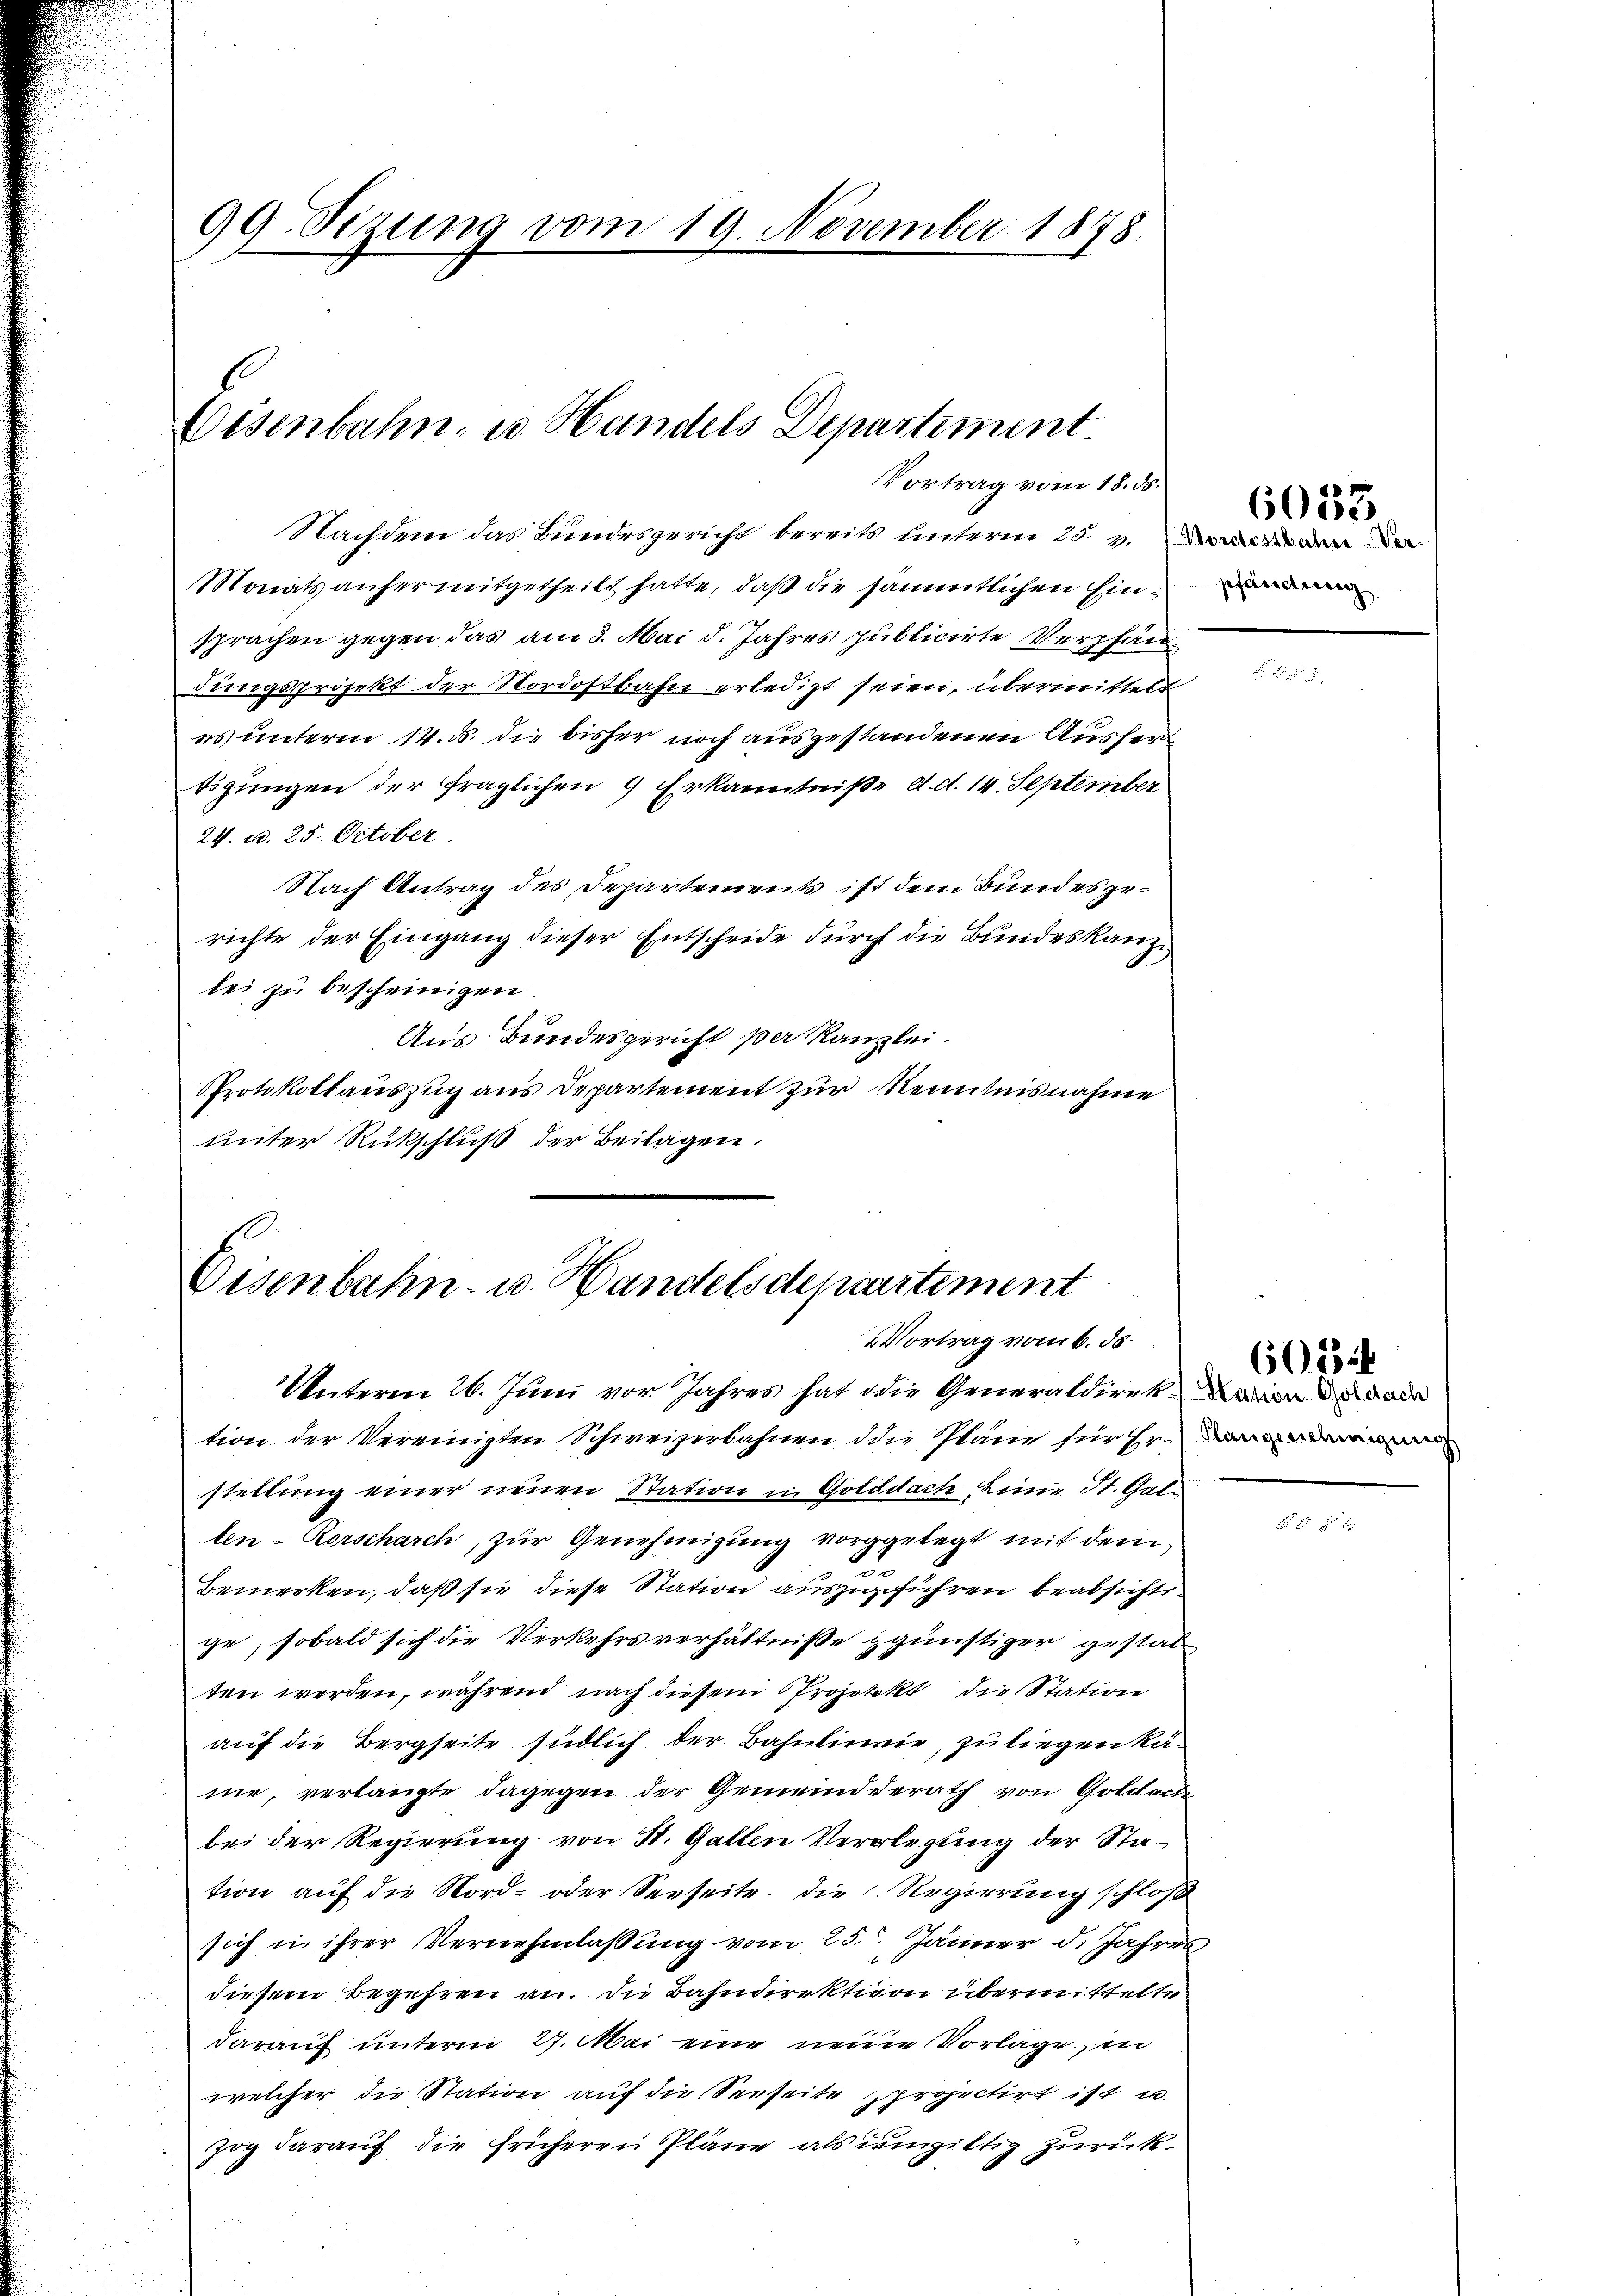
99. Sizung vom 19. November 1878.

Eisenbahn, u. Handels Departement.
Vortrag vom 18. ds.

Nachdem das Bundesgericht bereits unterm 25. v. den de
Monats anher mitgetheilt hatte, daß die sämmtlichen Einsprachen gegen das am 3. Mai d. Jahres publicirte Verpfändungsprojekt der Nordostbahn erledigt seien, übermittelt
es unterm 14. ds. die bisher noch ausgestandenen Aushertigungen der fraglichen 9 Erkanntniße d. d. 14. September
24. d. 25. October.
Nach Antrag des Departements ist dem Bundesgerichte der Eingang dieser Entscheide durch die Bundeskanzlei zu bescheinigen.
Aus Bundesgericht per Kanzlei.
Protokollauszug aus Departement zur Kenntnisnahme
unter Rückschluß der Beilagen.

Eisenbahn- u. Handelsdepartement
Vortrag vom 6. ds.

Unterm 26. Juni vor Jahres hat die Generaldirek-eins da
tion der Vereinigten Schweizerbahnen die Pläne für Er
stellung einer neuen Station in Golddach Eine St. Gal-
ten-Rorscharch, zur Genehmigung vorgelegt mit dem
.
Bemerken, daß sie diese Station auszugeführen beabsicht.
ge, sobald sich die Verkehrsverhältnisse günstiger gestat
ten werden, während nach diesem Projekt die Station
auf die Bergseite südlich der Bahnlinie, zu liegen käne, verlangte dagegen der Gemeinderath von Goldach
bei der Regierung von St. Gallen Verlegung der Station auf die Nord- oder Seeseite. Die Regierung schloß
sich in ihrer Vernehmlassung vom 25. Jänner d. Jahres
diesem Begehren an. Die Bahndirektion übermittelte
darauf unterm 27. Mai eine neuen Vorlage, in
welcher die Station auf die Seeseite projectirt ist u.
zog darauf die früheren Pläne als umgiltig zurück¬

pfändung

6033

604

2

2